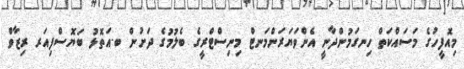
މިއޮފީހުގެ މަސައްކަތް ހިނގަމުންދާނީ އެންވަޔަރަންމަނޓް މިނިސްޓްރީގެ ބެލުމުގެ ދަށުން ބ.އަތޮޅު ބަޔޮސްފިއަރ ރިޒާވް